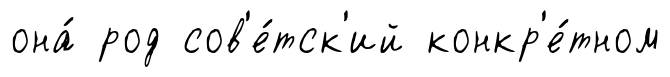
она́ род сов'е́тск'ий конкр'е́тном